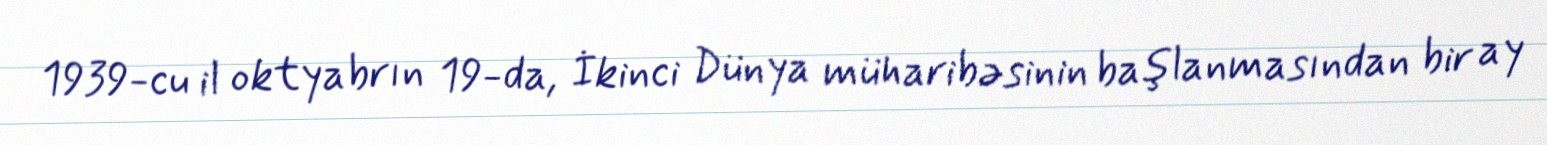
1939-cu il oktyabrın 19-da, İkinci Dünya müharibəsinin başlanmasından bir ay